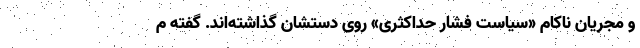
و مجریان ناکام «سیاست فشار حداکثری» روی دستشان گذاشته‌اند. گفته م